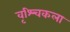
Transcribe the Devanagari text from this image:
वृश्‍चिकला